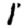
Digit: 1